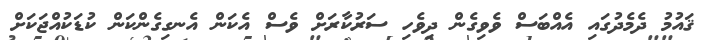
ޤައުމު ދެމެދުގައި އެއްބަސް ވެވިގެން ދިވެހި ސަރުކާރަށް ވެސް އެކަން އެނގިގެންކަން ކުޑަކުއްޖަކަށް